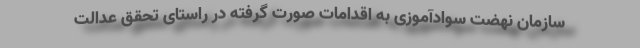
سازمان نهضت سوادآموزی به اقدامات صورت گرفته در راستای تحقق عدالت